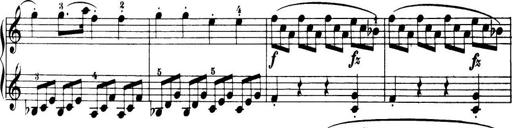
Title: 32 Sonatinas and Rondos for the Piano
Composer: Richard Kleinmichel